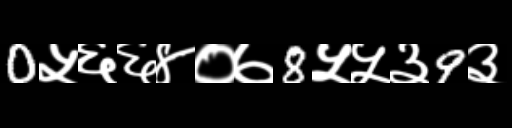
Text: 0५६६४०७8५५३9३